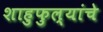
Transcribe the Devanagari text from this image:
शाहुफुल्यांचे